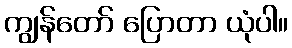
ကျွန်တော် ပြောတာ ယုံပါ။